system: You are a helpful assistant.
user:
Analyze the provided spectrum to determine if it is a **White Dwarf (WD)**.

A White Dwarf spectrum is defined by its **extreme purity** (due to gravitational settling) and/or **extreme pressure broadening** (due to high surface gravity). You must check for one of the following mutually exclusive signatures:

- **Key Visual Indicators (Check for ONE of these types):**

    - **1. DA-Type Signature (Most Common):**
        - **(Primary Feature):** Extreme pressure broadening (Stark broadening) of the **Hydrogen (H) Balmer lines**.
        - **(Key Lines):** $H\beta$ (approx. $4861$ Å) and $H\gamma$ (approx. $4340$ Å). $H\alpha$ (approx. $6563$ Å) will also be present if the wavelength range covers it.
        - **(Line Profile):** This is the **defining feature**. The lines are **NOT** sharp. They appear as massive, **extremely broad and deep "troughs" or "dips"** in the spectrum, often hundreds of Ångströms wide. The continuum will appear to "scoop" down at these wavelengths.
        - **(Distinction):** Normal A-type or B-type stars have *narrow* and *sharp* Hydrogen lines. A DA White Dwarf's lines are unmistakably "smeared" or "blurry" from pressure.

    - **2. DB-Type Signature:**
        - **(Primary Feature):** Broad absorption lines from **Neutral Helium (He I)**. The spectrum must lack any visible Hydrogen lines.
        - **(Key Lines):** Look for broad absorption near $4471$ Å, $4921$ Å, and $5876$ Å.
        - **(Line Profile):** These lines are also significantly pressure-broadened, appearing much wider than they would in a normal B-type main-sequence star.

    - **3. DC-Type Signature:**
        - **(Primary Feature):** A **featureless continuous spectrum**.
        - **(Line Profile):** The spectrum is a smooth curve with **no significant absorption or emission lines**.
        - **(Key Confirmation):** The continuum is almost always **blue or white**, indicating a hot object. This signature implies the atmosphere is so pure (or so cool) that no spectral lines are visible in the optical range. Its WD identity is confirmed by its extremely low intrinsic brightness (high absolute magnitude).

    - **4. DZ-Type Signature (Metal-Polluted):**
        - **(Primary Feature):** **Isolated, narrow metal absorption lines** on an otherwise featureless (DC-like) continuum.
        - **(Key Lines):** The **Calcium (Ca II) H & K doublet** (approx. **$3934$ Å** and **$3968$ Å**) is the most common and defining feature.
        - **(Line Profile):** These lines are "out of place." They are *not* part of a "forest" of thousands of lines. This signature is evidence of recent *accretion* (pollution) from rocky debris.
        - **(Distinction):** Normal G/K/M stars have a *dense forest* of thousands of metal lines. A DZ has a *clean* continuum with *only a few* strong metal lines.

    - **5. DQ-Type Signature (Carbon-Polluted):**
        - **(Primary Feature):** Absorption bands from **Carbon (C₂ "Swan Bands" or atomic C I)**.
        - **(Key Lines - C₂):** Look for bandheads with a "saw-tooth" shape near $5635$ Å, **$5165$ Å** (strongest), and $4737$ Å.
        - **(Key Confirmation):** The underlying **continuum must be blue or white** (hot).
        - **(Distinction):** This is the critical difference from a **Carbon Star**, which has the *exact same* C₂ bands but on an extremely **red, cool** continuum.

- **(Overall Spectrum):**
    - The continuum (overall shape) is typically **blue-sloping** (brighter in the blue than the red), as most white dwarfs are very hot.
    - The spectrum will look "pure" or "simple," dominated by only *one* of the five signatures listed above.

Think first, call **spectral_visualization_tool** if needed to examine features in detail, then provide your final answer. Your response must adhere to the following strict rules:
1.  **Overall Structure:** Your response must follow the format `<think>...</think> <tool_call>...</tool_call> (if a tool is used) <answer>...</answer>`.
2.  **Tool Usage Constraint:** You may only make **one** tool call per turn.
3.  **Final Answer Format:** In the `<answer>` tag, your conclusion must be inside a `\boxed{}` command (e.g., `\boxed{YES}` or `\boxed{NO}`), followed by your justification.

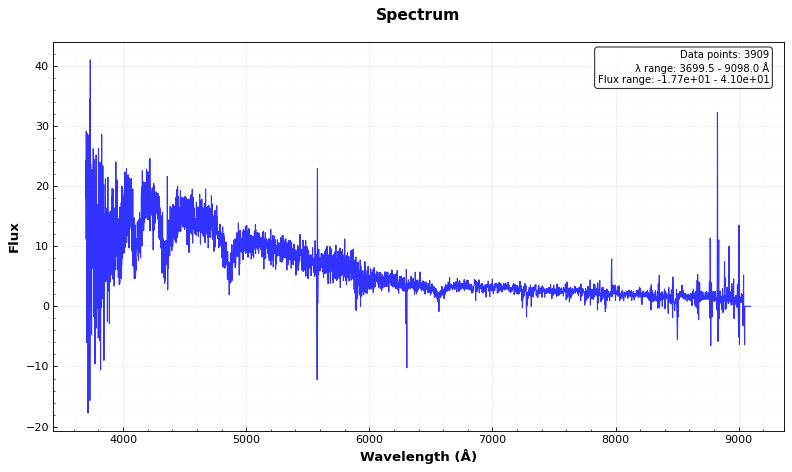
Answer: YES